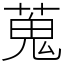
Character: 蒐